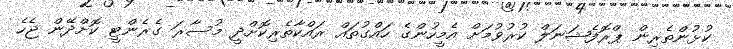
ކުޅުންތެރިން ޕްރޮފެޝަނަލް ކުރުވުމަށް އެމީހުންގެ ހައްގުތައް ރައްކާތެރިކޮށްދީ މުސާރަ ގެރެންޓީ ކޮށްދޭން ޖެހެ